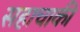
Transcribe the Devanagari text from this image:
सहाचाकी